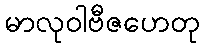
မာလုဝါဗီဇဟေတု